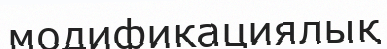
модификациялық